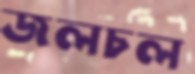
জলচল